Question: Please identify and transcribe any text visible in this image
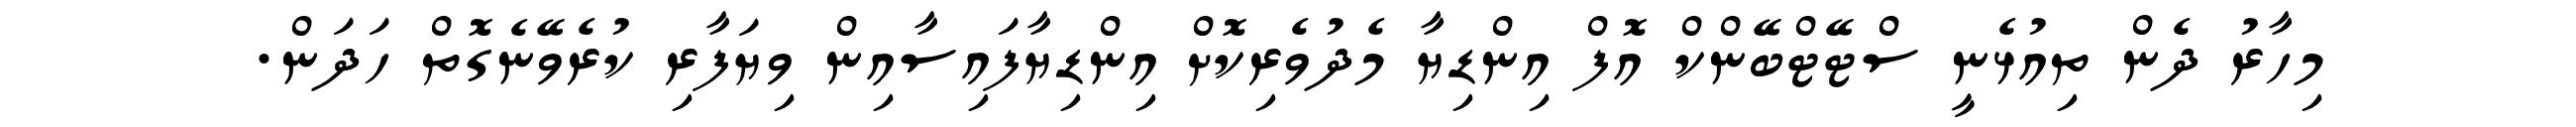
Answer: މިހާރު ދެން ތިއުޅެނީ ސްޓޭޓްބޭންކް އޮފް އިންޑިޔާ މެދުވެރިކޮށް އިންޑިޔާފައިސާއިން ވިޔަފާރި ކުރެވޭނެގޮތް ހަދަން.